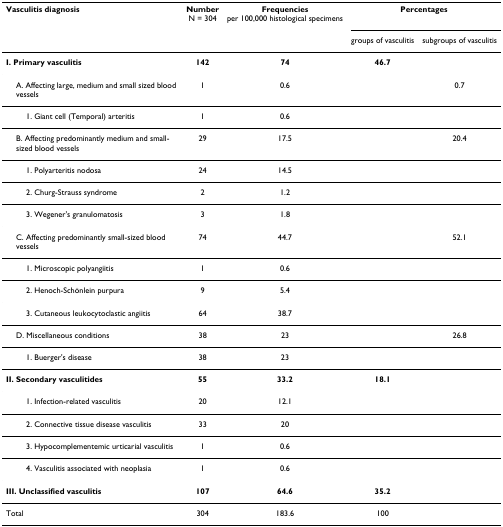
<table><thead><tr><td><b>Vasculitis diagnosis</b></td><td><b>NumberN = 304</b></td><td><b>Frequenciesper 100,000 histological specimens</b></td><td colspan="2"><b>Percentages</b></td></tr><tr><td></td><td></td><td></td><td><b>groups of vasculitis</b></td><td><b>subgroups of vasculitis</b></td></tr></thead><tbody><tr><td><b>I. Primary vasculitis</b></td><td><b>142</b></td><td><b>74</b></td><td><b>46.7</b></td><td></td></tr><tr><td> A. Affecting large, medium and small sized blood vessels</td><td>1</td><td>0.6</td><td></td><td>0.7</td></tr><tr><td>1. Giant cell (Temporal) arteritis</td><td>1</td><td>0.6</td><td></td><td></td></tr><tr><td> B. Affecting predominantly medium and small-sized blood vessels</td><td>29</td><td>17.5</td><td></td><td>20.4</td></tr><tr><td>1. Polyarteritis nodosa</td><td>24</td><td>14.5</td><td></td><td></td></tr><tr><td>2. Churg-Strauss syndrome</td><td>2</td><td>1.2</td><td></td><td></td></tr><tr><td>3. Wegener&#x27;s granulomatosis</td><td>3</td><td>1.8</td><td></td><td></td></tr><tr><td> C. Affecting predominantly small-sized blood vessels</td><td>74</td><td>44.7</td><td></td><td>52.1</td></tr><tr><td>1. Microscopic polyangiitis</td><td>1</td><td>0.6</td><td></td><td></td></tr><tr><td>2. Henoch-Schönlein purpura</td><td>9</td><td>5.4</td><td></td><td></td></tr><tr><td>3. Cutaneous leukocytoclastic angiitis</td><td>64</td><td>38.7</td><td></td><td></td></tr><tr><td> D. Miscellaneous conditions</td><td>38</td><td>23</td><td></td><td>26.8</td></tr><tr><td>1. Buerger&#x27;s disease</td><td>38</td><td>23</td><td></td><td></td></tr><tr><td><b>II. Secondary vasculitides</b></td><td><b>55</b></td><td><b>33.2</b></td><td><b>18.1</b></td><td></td></tr><tr><td>1. Infection-related vasculitis</td><td>20</td><td>12.1</td><td></td><td></td></tr><tr><td>2. Connective tissue disease vasculitis</td><td>33</td><td>20</td><td></td><td></td></tr><tr><td>3. Hypocomplementemic urticarial vasculitis</td><td>1</td><td>0.6</td><td></td><td></td></tr><tr><td>4. Vasculitis associated with neoplasia</td><td>1</td><td>0.6</td><td></td><td></td></tr><tr><td><b>III. Unclassified vasculitis</b></td><td><b>107</b></td><td><b>64.6</b></td><td><b>35.2</b></td><td></td></tr><tr><td>Total</td><td>304</td><td>183.6</td><td>100</td><td></td></tr></tbody></table>